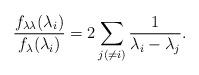
LaTeX: \begin{align*}\frac{f_{\lambda \lambda}(\lambda_i)}{f_\lambda(\lambda_i)}=2\sum_{j(\neq i)}\frac{1}{\lambda_i-\lambda_j}.\end{align*}